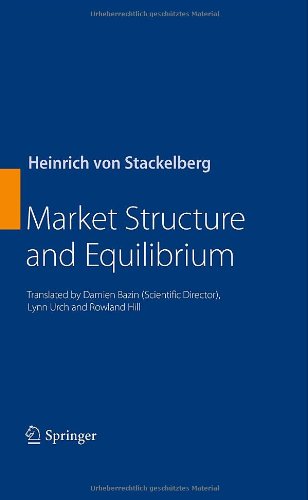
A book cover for Market Structure and Equilibrium; Heinrich von Stackelberg; Science & Math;